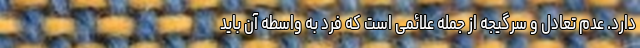
دارد. عدم تعادل و سرگیجه از جمله علائمی است که فرد به واسطه آن باید